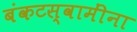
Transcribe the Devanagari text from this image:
बंकटस्वामींना